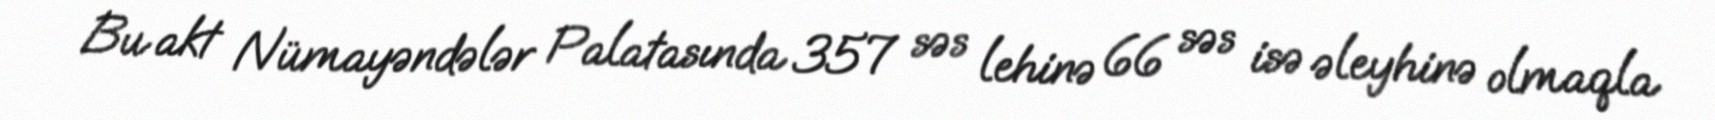
Bu akt Nümayəndələr Palatasında 357 səs lehinə 66 səs isə əleyhinə olmaqla